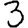
Digit: 3